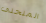
المنحنى